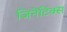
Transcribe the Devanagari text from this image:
जिनेटिक्स